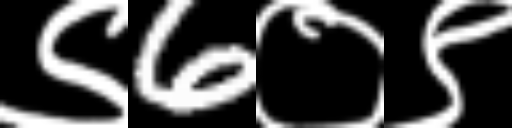
Text: ९6०९